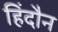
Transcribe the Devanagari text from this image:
हिंदौन